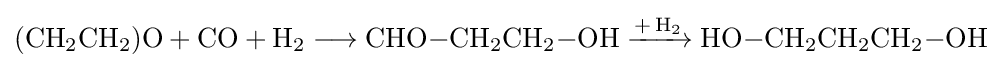
{(\mathrm {CH} {\vphantom {A}}_{\smash[{t}]{2}}\mathrm {CH} {\vphantom {A}}_{\smash[{t}]{2}})\mathrm {O} {}+{}\mathrm {CO} {}+{}\mathrm {H} {\vphantom {A}}_{\smash[{t}]{2}}{}\mathrel {\longrightarrow } {}\mathrm {CHO} {-}\mathrm {CH} {\vphantom {A}}_{\smash[{t}]{2}}\mathrm {CH} {\vphantom {A}}_{\smash[{t}]{2}}{-}\mathrm {OH} {}\mathrel {\xrightarrow {{+}\,\mathrm {H} {\vphantom {A}}_{\smash[{t}]{2}}} } {}\mathrm {HO} {-}\mathrm {CH} {\vphantom {A}}_{\smash[{t}]{2}}\mathrm {CH} {\vphantom {A}}_{\smash[{t}]{2}}\mathrm {CH} {\vphantom {A}}_{\smash[{t}]{2}}{-}\mathrm {OH} }